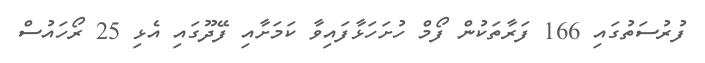
ފުރުސަތުގައި 166 ފަރާތަކުން ފޯމް ހުށަހަޅާފައިވާ ކަމަށާއި ފޭދޫގައި އެޅި 25 ރޯހައުސް